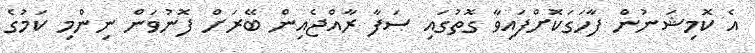
އެ ކޮމިޝަނުން ފާހަގަކޮށްފައިވާ ގޮތުގައި ސަފާ ރާއްޖެއިން ބޭރަށް ފޮނުވަން ނިންމި ކަމުގެ